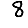
Digit: 8